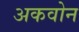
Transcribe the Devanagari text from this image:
अकवोन